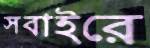
সবাইরে